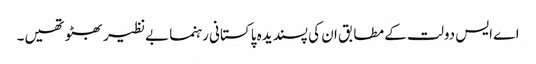
اے ایس دولت کے مطابق ان کی پسندیدہ پاکستانی رہنما بےنظیر بھٹو تھیں۔